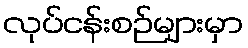
လုပ်ငန်းစဉ်များမှာ